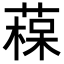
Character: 𦹂